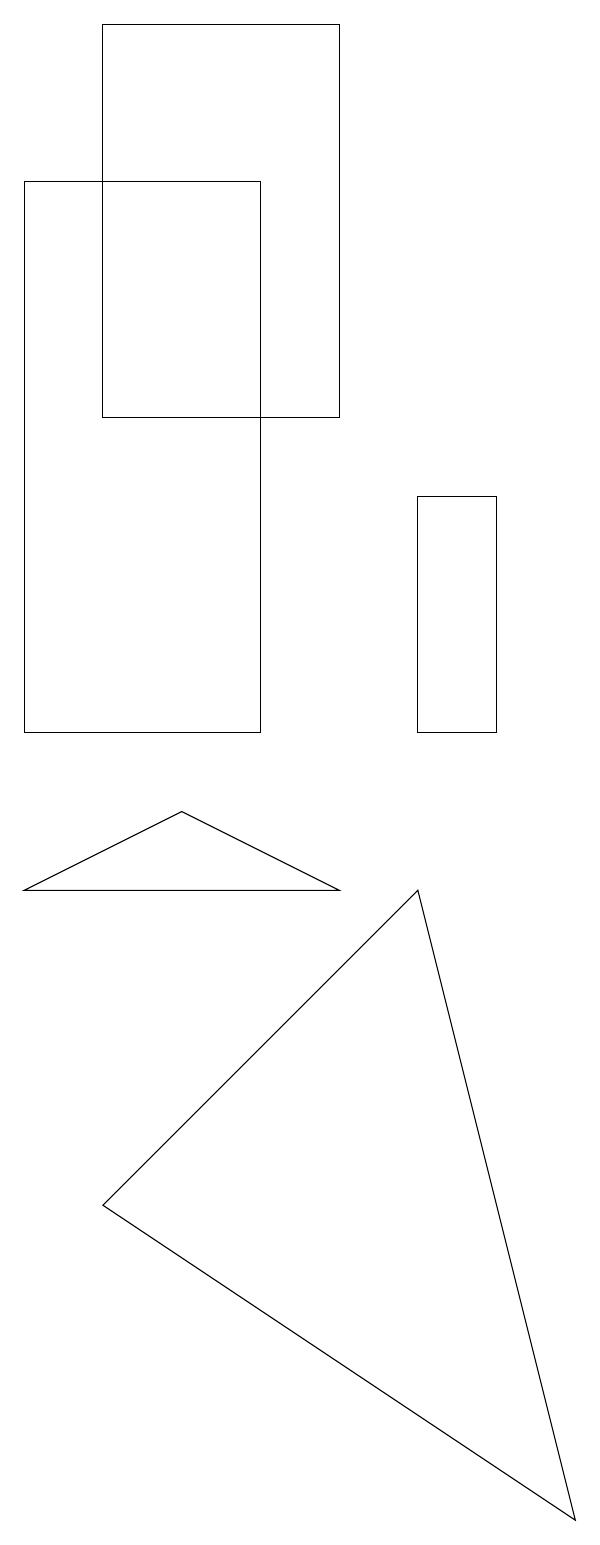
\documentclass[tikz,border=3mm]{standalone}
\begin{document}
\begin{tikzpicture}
\draw (4,8) -- (0,8) -- (2,9) -- cycle;
\draw (1,4) -- (7,0) -- (5,8) -- cycle;
\draw (5,10) rectangle (6,13);
\draw (4,19) rectangle (1,14);
\draw (0,17) rectangle (3,10);
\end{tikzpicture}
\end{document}